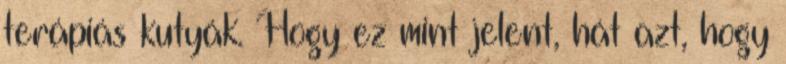
terápiás kutyák. Hogy ez mint jelent, hát azt, hogy